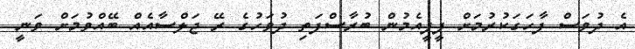
އެ ދުވަސް ފާހަގަކުރުމަށް ޕީޕީއެމުން ބުރާސްފަތި ދުވަހުގެ ރޭ ޖަލްސާއެއް ބޭއްވުމަށް ވަނީ